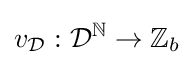
v_{\mathcal {D}}:{\mathcal {D}}^{\mathbb {N} }\rightarrow \mathbb {Z} _{b}